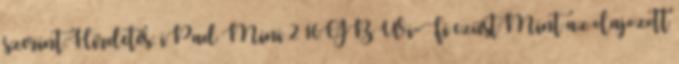
szerint:Hirdetés: iPad Mini 2 16GB Wi-Fi ezüstMint az olajozott